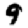
Digit: 9